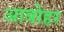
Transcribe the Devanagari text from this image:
आबोहर